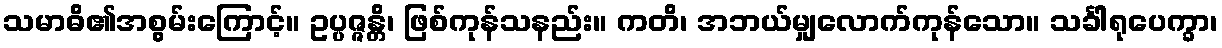
သမာဓိ၏အစွမ်းကြောင့်။ ဥပ္ပဇ္ဇန္တိ၊ ဖြစ်ကုန်သနည်း။ ကတိ၊ အဘယ်မျှလောက်ကုန်သော။ သင်္ခါရုပေက္ခာ၊